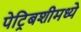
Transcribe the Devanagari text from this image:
पेट्रिबशीमध्ये